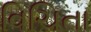
વિચિતા